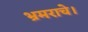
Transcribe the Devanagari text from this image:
भ्रमराचे।